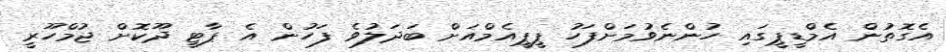
އެގޮތުން އެމްޑީޕީގައި ހުންނެވުމަށްފަހު ޕީޕީއެމްއަށް ބަދަލުވެ ފަހުން އެ ޕާޓީ ދޫކޮށް ޖުމްހޫރީ